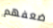
ضعفهم